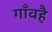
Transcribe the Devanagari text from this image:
गाँवहै